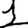
Digit: 1